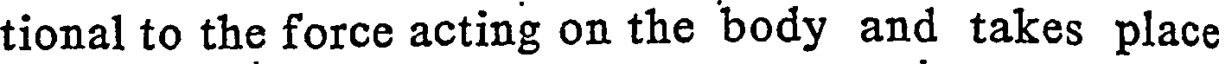
tional to the force acting on the body and takes place